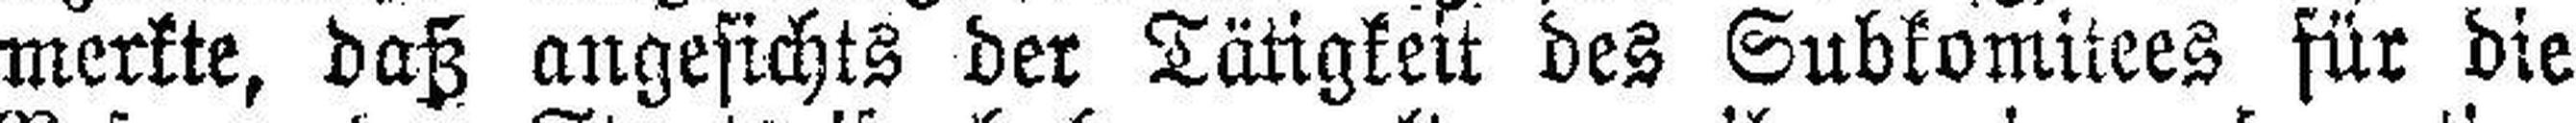
merkte, daß angesichts der Tätigkeit des Subkomitees für die